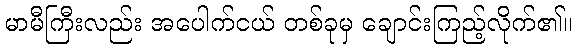
မာမီကြီးလည်း အပေါက်ငယ် တစ်ခုမှ ချောင်းကြည့်လိုက်၏။